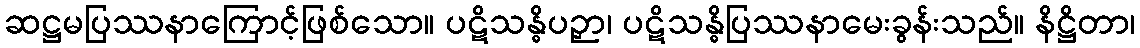
ဆဋ္ဌမပြဿနာကြောင့်ဖြစ်သော။ ပဋိသန္ဓိပဉှာ၊ ပဋိသန္ဓိပြဿနာမေးခွန်းသည်။ နိဋ္ဌိတာ၊